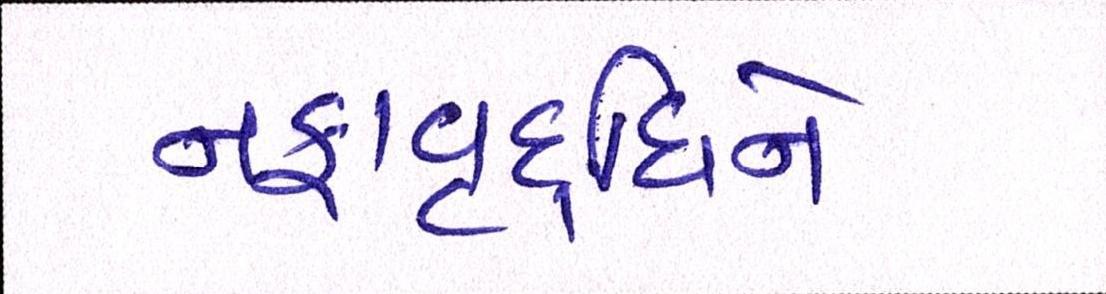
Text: નફાવૃદ્ધિને